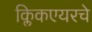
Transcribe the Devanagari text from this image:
क्लिकएयरचे